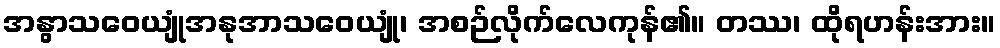
အနွာသဝေယျုံအနုအာသဝေယျုံ၊ အစဉ်လိုက်လေကုန်၏။ တဿ၊ ထိုရဟန်းအား။